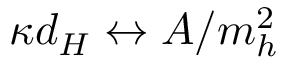
\kappa d _ { H } \leftrightarrow A / m _ { h } ^ { 2 }